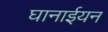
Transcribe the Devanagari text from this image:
घानाईयन